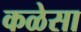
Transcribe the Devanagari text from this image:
कळेसा